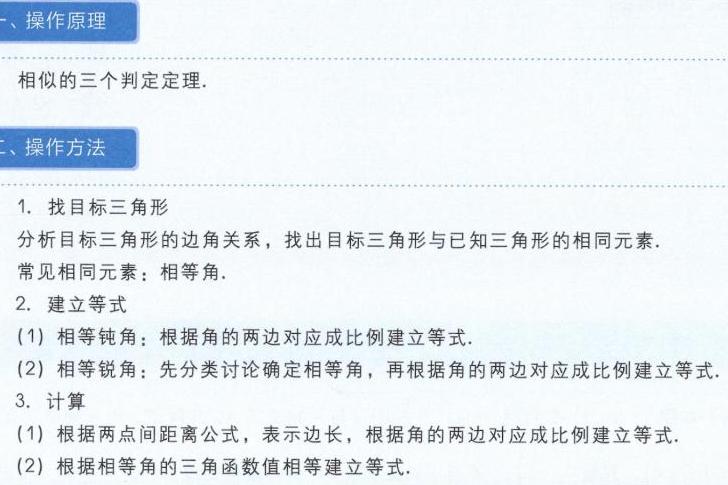
一、操作原理
相似的三个判定定理.
二、操作方法
1. 找目标三角形
分析目标三角形的边角关系，找出目标三角形与已知三角形的相同元素.
常见相同元素：相等角.
2. 建立等式
(1) 相等钝角：根据角的两边对应成比例建立等式.
(2) 相等锐角：先分类讨论确定相等角，再根据角的两边对应成比例建立等式.
3. 计算
(1) 根据两点间距离公式，表示边长，根据角的两边对应成比例建立等式.
(2) 根据相等角的三角函数值相等建立等式.